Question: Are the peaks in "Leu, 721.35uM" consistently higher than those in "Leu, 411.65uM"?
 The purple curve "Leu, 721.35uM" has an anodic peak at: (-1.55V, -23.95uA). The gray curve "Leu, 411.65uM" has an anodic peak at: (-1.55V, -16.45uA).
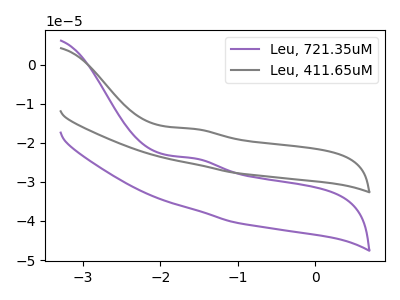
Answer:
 <answer>Every peak in "Leu, 721.35uM" is lower than every peak in "Leu, 411.65uM".</answer>
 <eval>lower</eval>